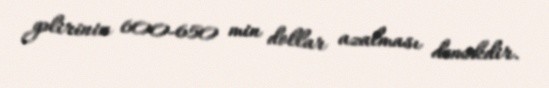
gəlirinin 600-650 min dollar azalması deməkdir.